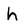
Character: h